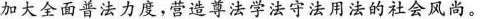
加大全面普法力度，营造尊法学法守法用法的社会风尚。